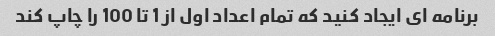
برنامه ای ایجاد کنید که تمام اعداد اول از 1 تا 100 را چاپ کند